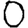
Digit: 0